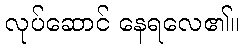
လုပ်ဆောင် နေရလေ၏။